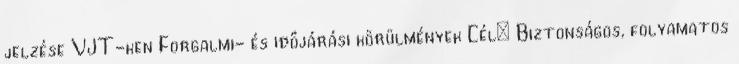
jelzése VJT-ken Forgalmi- és időjárási körülmények Cél: Biztonságos, folyamatos